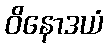
ဝိနောဒယံ